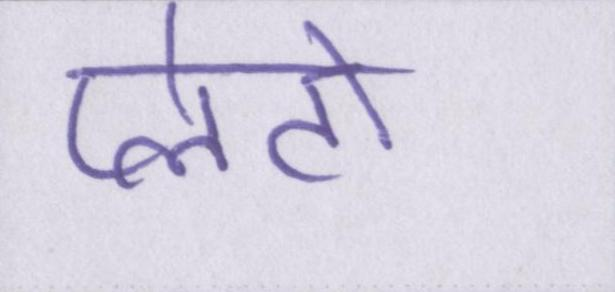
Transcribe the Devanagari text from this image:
प्लेटो